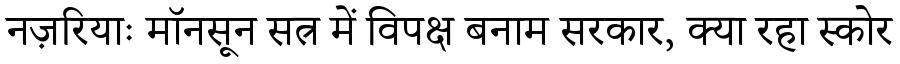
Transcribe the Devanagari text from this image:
नज़रियाः मॉनसून सत्र में विपक्ष बनाम सरकार, क्या रहा स्कोर